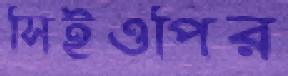
সিইওপির